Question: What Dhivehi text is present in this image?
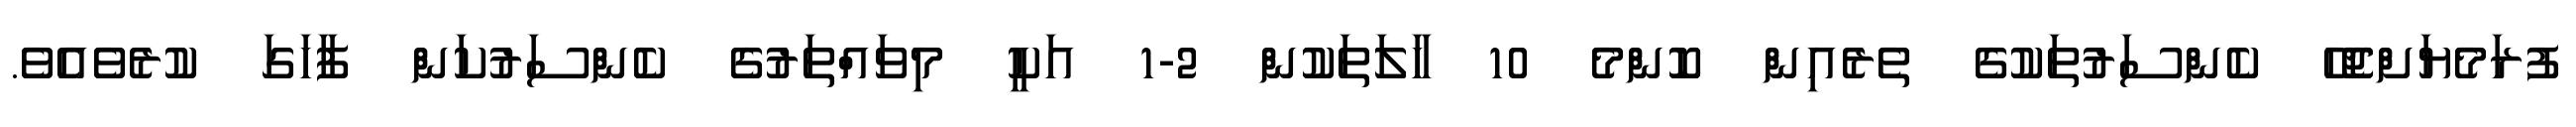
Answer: ފުރަމެޔަށްޖެހޭ ކެންސަރުތަކުގެ ތެރެއިން ކޮންމެ 10 ހާލަތަކުން 2-1 އަކީ މިވައްތަރުގެ ކެންސަރުކަން ފާހަގަ ކުރެވެއެވެ.